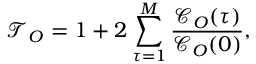
\mathcal { T } _ { O } = 1 + 2 \sum _ { \tau = 1 } ^ { M } \frac { \mathcal { C } _ { O } ( \tau ) } { \mathcal { C } _ { O } ( 0 ) } ,